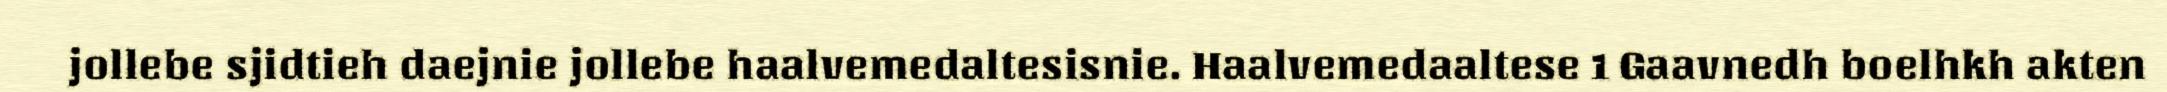
jollebe sjidtieh daejnie jollebe haalvemedaltesisnie. Haalvemedaaltese 1 Gaavnedh boelhkh akten